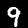
Digit: 9